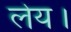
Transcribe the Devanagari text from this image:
लेय।